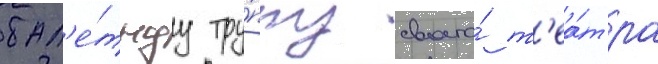
бал'е́тнуу тру́ппу своего́ т'еа́тра